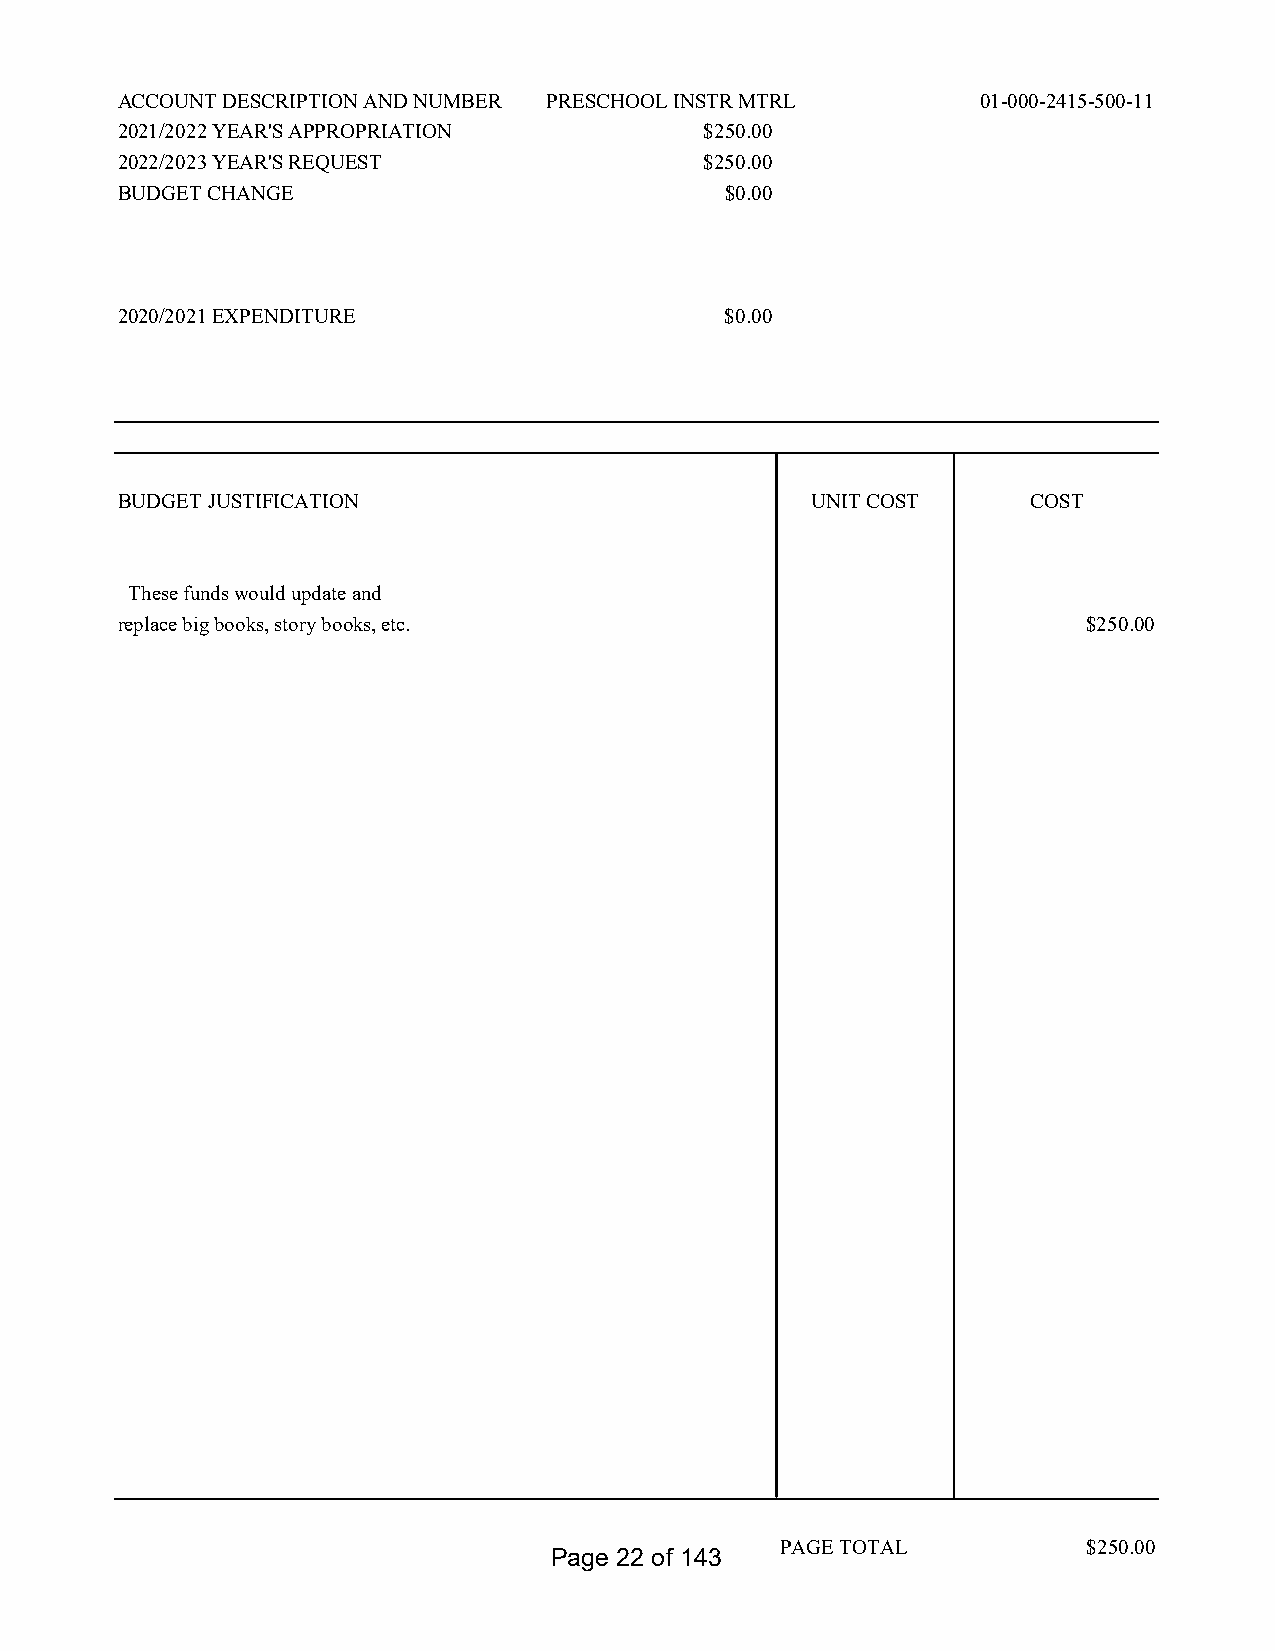
ACCOUNT DESCRIPTION AND NUMBER PRESCHOOL INSTR MTRL      01-000-2415-500-11
 2021/2022 YEAR'S APPROPRIATION         $250.00
 2022/2023 YEAR'S REQUEST               $250.00
 BUDGET CHANGE                           $0.00
 2020/2021 EXPENDITURE                   $0.00
 BUDGET JUSTIFICATION                          UNIT COST     COST
 These funds would update and
 replace big books, story books, etc.                            $250.00
 PAGE TOTAL          $250.00
 Page 22 of 143